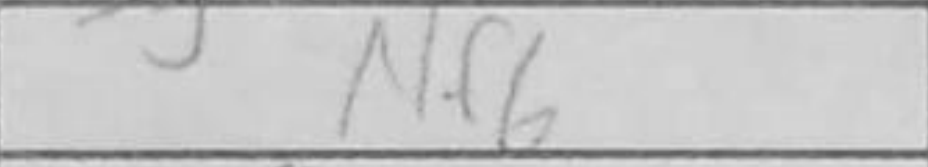
Transcription: Nf6